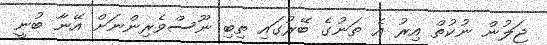
ޖަލުން ނުކުތް އިރު އެ ތަނުގެ ބޭރުގައި ތިބި ނޫސްވެރިންނަށް އޭނާ ބުނީ